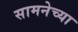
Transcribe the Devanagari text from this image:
सामनेच्या